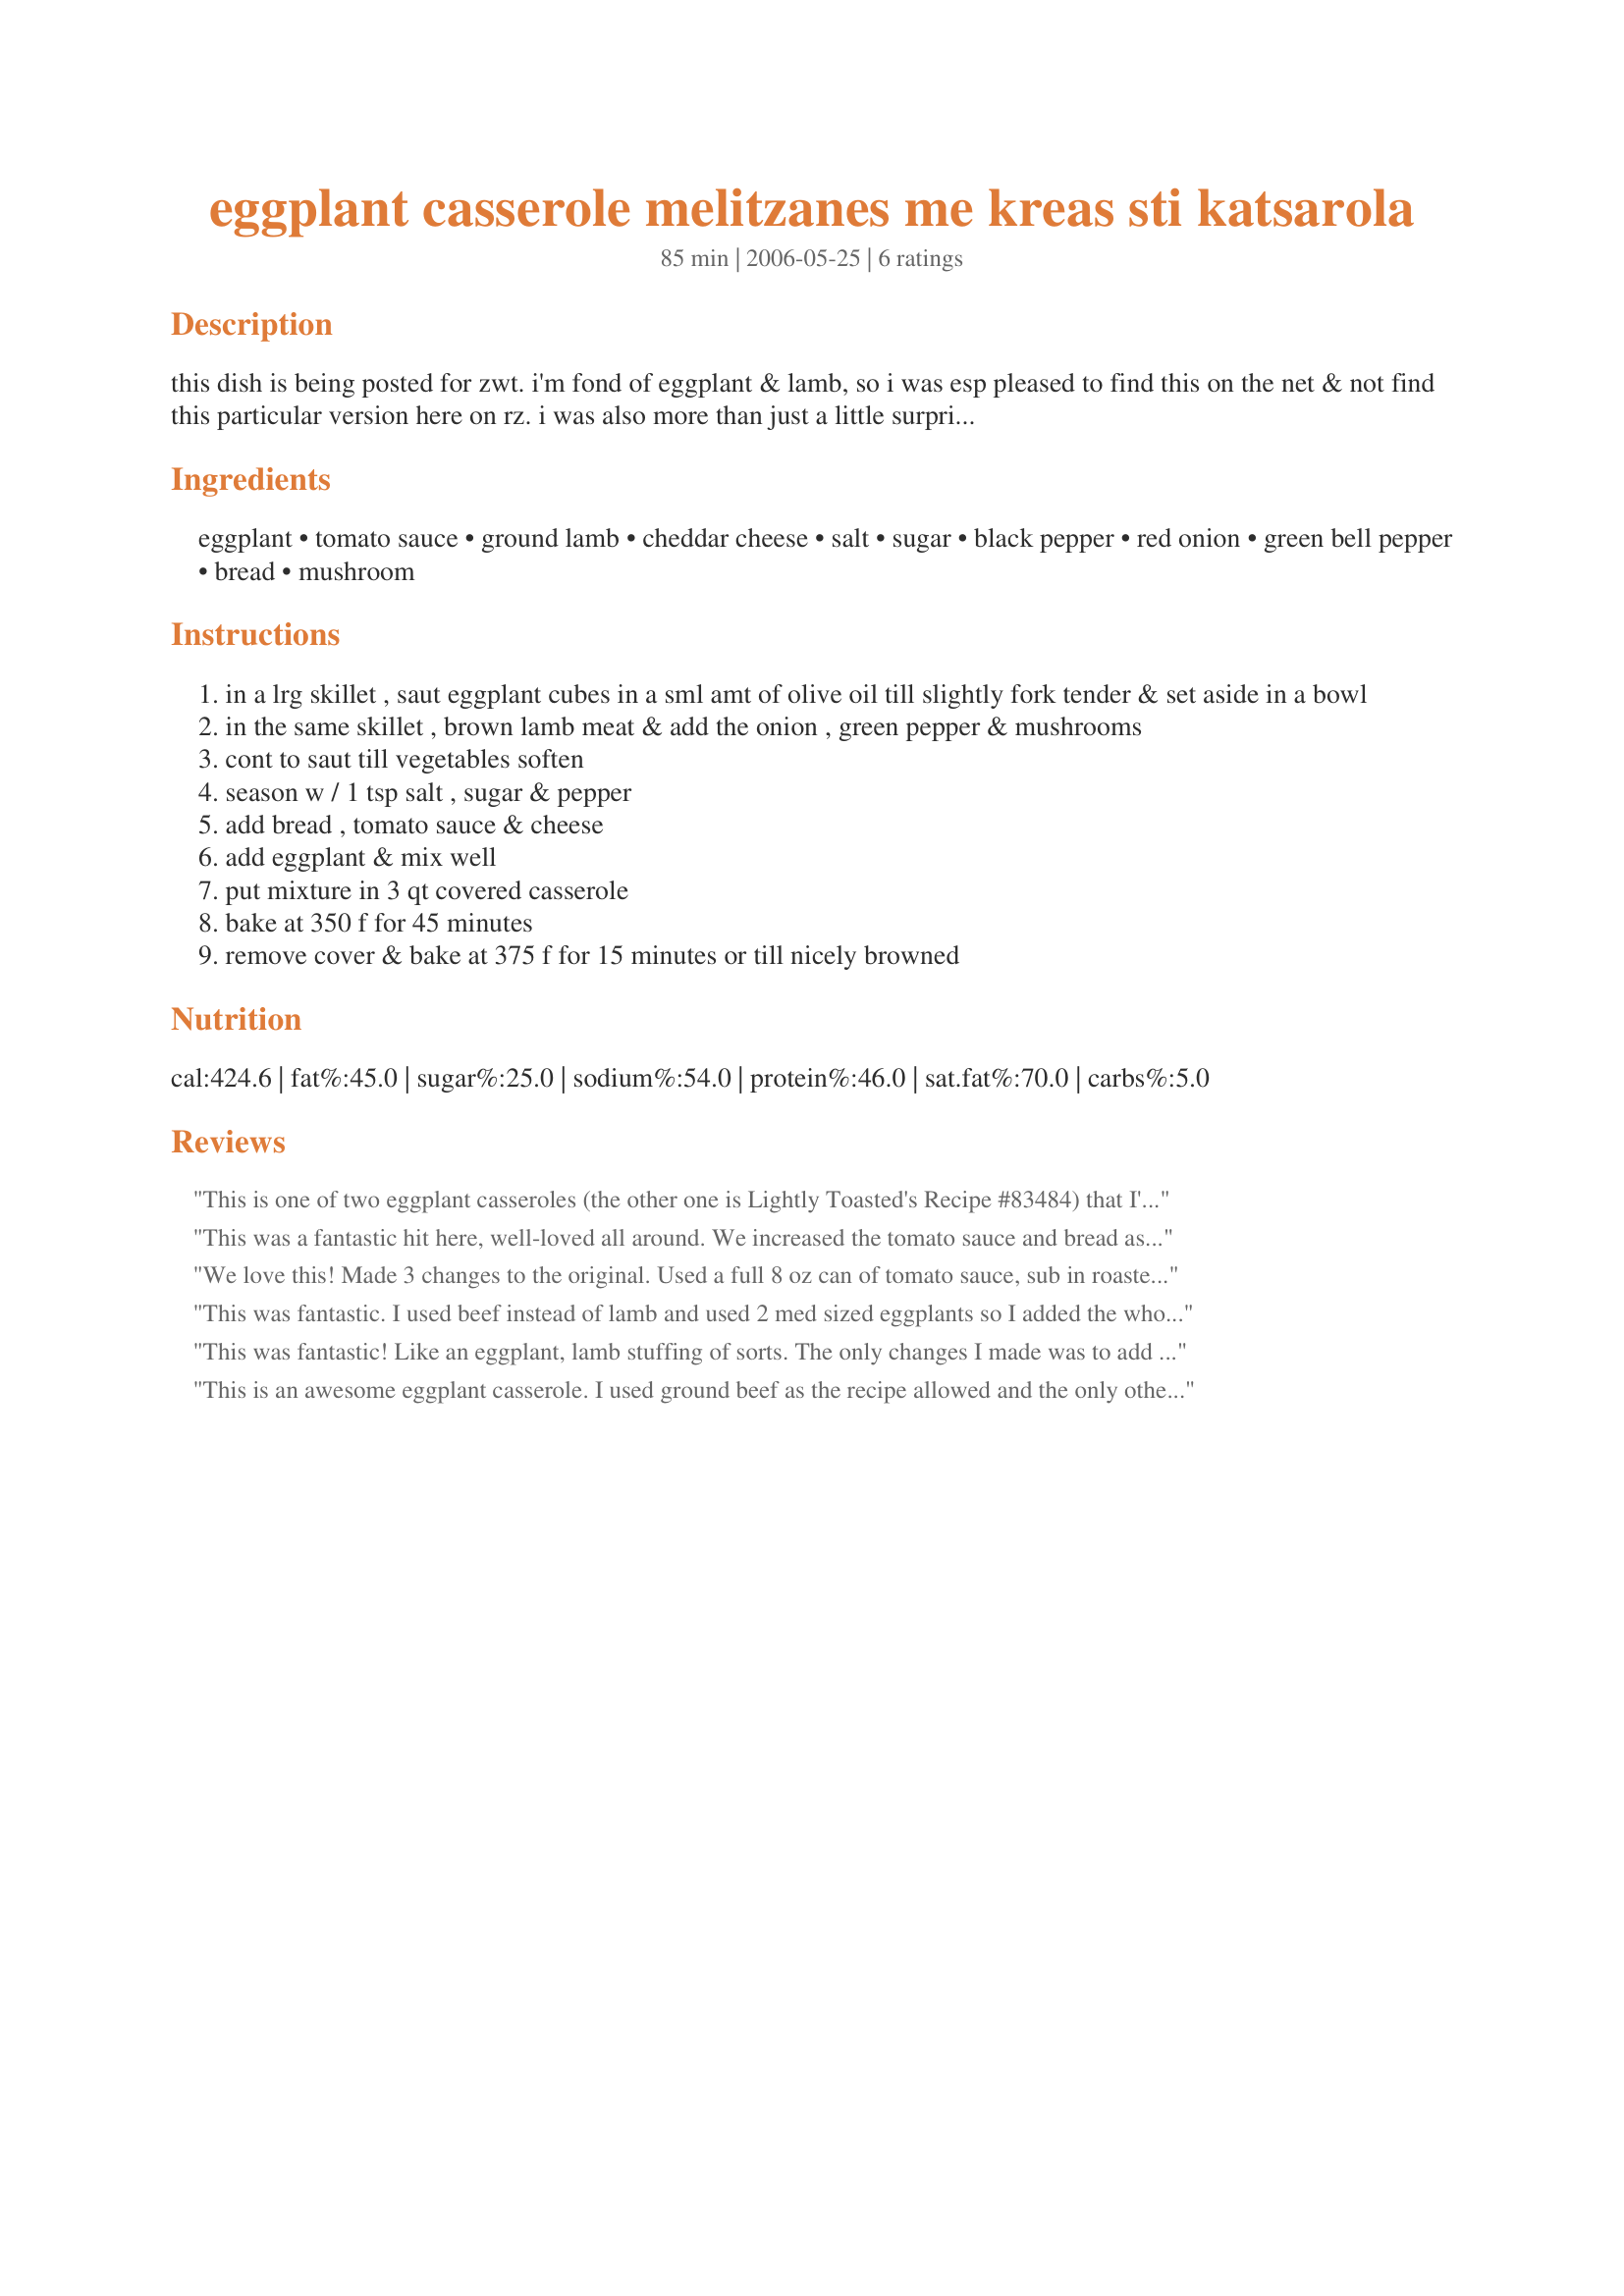
eggplant casserole melitzanes me kreas sti katsarola
Preparation time: 85 minutes

this dish is being posted for zwt. i'm fond of eggplant & lamb, so i was esp pleased to find this on the net & not find this particular version here on rz. i was also more than just a little surprised to see cheddar cheese as an ingredient rather than the more to be expected feta cheese. the recipe source is greek-recipe.com, who acknowledged bitsyskitchen.com. (pls note: as originally written, this recipe directs you to boil the eggplant. i had never heard of doing that & neither had my expert source, so i amended the eggplant cooking method as detailed.)

Ingredients:
eggplant, tomato sauce, ground lamb, cheddar cheese, salt, sugar, black pepper, red onion, green bell pepper, bread, mushroom

Steps:
in a lrg skillet , saut eggplant cubes in a sml amt of olive oil till slightly fork tender & set aside in a bowl
in the same skillet , brown lamb meat & add the onion , green pepper & mushrooms
cont to saut till vegetables soften
season w / 1 tsp salt , sugar & pepper
add bread , tomato sauce & cheese
add eggplant & mix well
put mixture in 3 qt covered casserole
bake at 350 f for 45 minutes
remove cover & bake at 375 f for 15 minutes or till nicely browned

Reviews:
This is one of two eggplant casseroles (the other one is Lightly Toasted's Recipe #83484) that I've tried on 'Zaar and really love. I just finished reviewing that one and realized I'd never rated this one, nor thanked you for sharing the recipe! Like other reviewers, I used 8 ounces of tomato sauce and 4 slices of bread, and a touch of cinnamon and nutmeg. I've made a note to try this with summer squash as well. Both I and my dear partner really enjoyed this!
This was a fantastic hit here, well-loved all around. We increased the tomato sauce and bread as another reviewer mentioned. Thanks for sharing. We raise sheep and are always on the lookout for a new lamb recipe. We have definitely found a keeper in this one.
We love this! Made 3 changes to the original. Used a full 8 oz can of tomato sauce, sub in roasted red peppers for green bell, and use wild rice instead of the bread. My 13 yr old DD says this is her favorite meal!
This was fantastic. I used beef instead of lamb and used 2 med sized eggplants so I added the whole 8 oz tomato sauce and two extra pieces of bread. Cooked in a 12 in oven proof skillet so made a great one dish meal with a green salad and garlic bread.
This was fantastic! Like an eggplant, lamb stuffing of sorts. The only changes I made was to add some garlic and about a 1/2t. of oregano. Upped the tomato sauce to an 8 oz can. I used ground lamb for the meat and some firm Italian bread for the bread cubes. I don't know how authenticly Greek it is with the cheddar cheese, but after 1 bite I could have cared less about authenticity, my taste buds were singing!!! I concur about not parboiling the eggplant, it would be FAR, FAR to mushy if that was done. Be forewarned however that the eggplants sucks up the oill like a sponge....I would recommend using a nonstick skillet to saute the eggplant in. This will be repeated here often. Thank you for the taste sensation!
This is an awesome eggplant casserole. I used ground beef as the recipe allowed and the only other change I made was to add a few more mushrooms and a little extra tomato sauce. I absolutely love eggplant and I will definitely make this dish again -- going into my Best of 2016 file.
